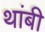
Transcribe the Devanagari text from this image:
थांबी